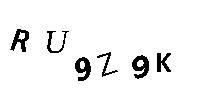
RU9Z9K